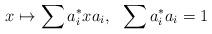
LaTeX: \begin{align*}x\mapsto\sum a_i^*xa_i,\ \ \sum a_i^*a_i=1\end{align*}